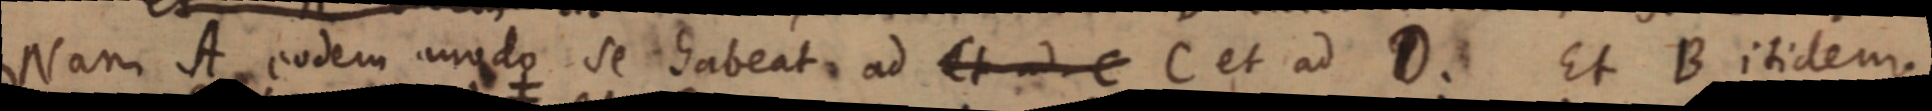
Nam A eodem modo se habeat ad Et ad C C et ad D. Et B itidem